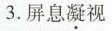
3.屏息凝视